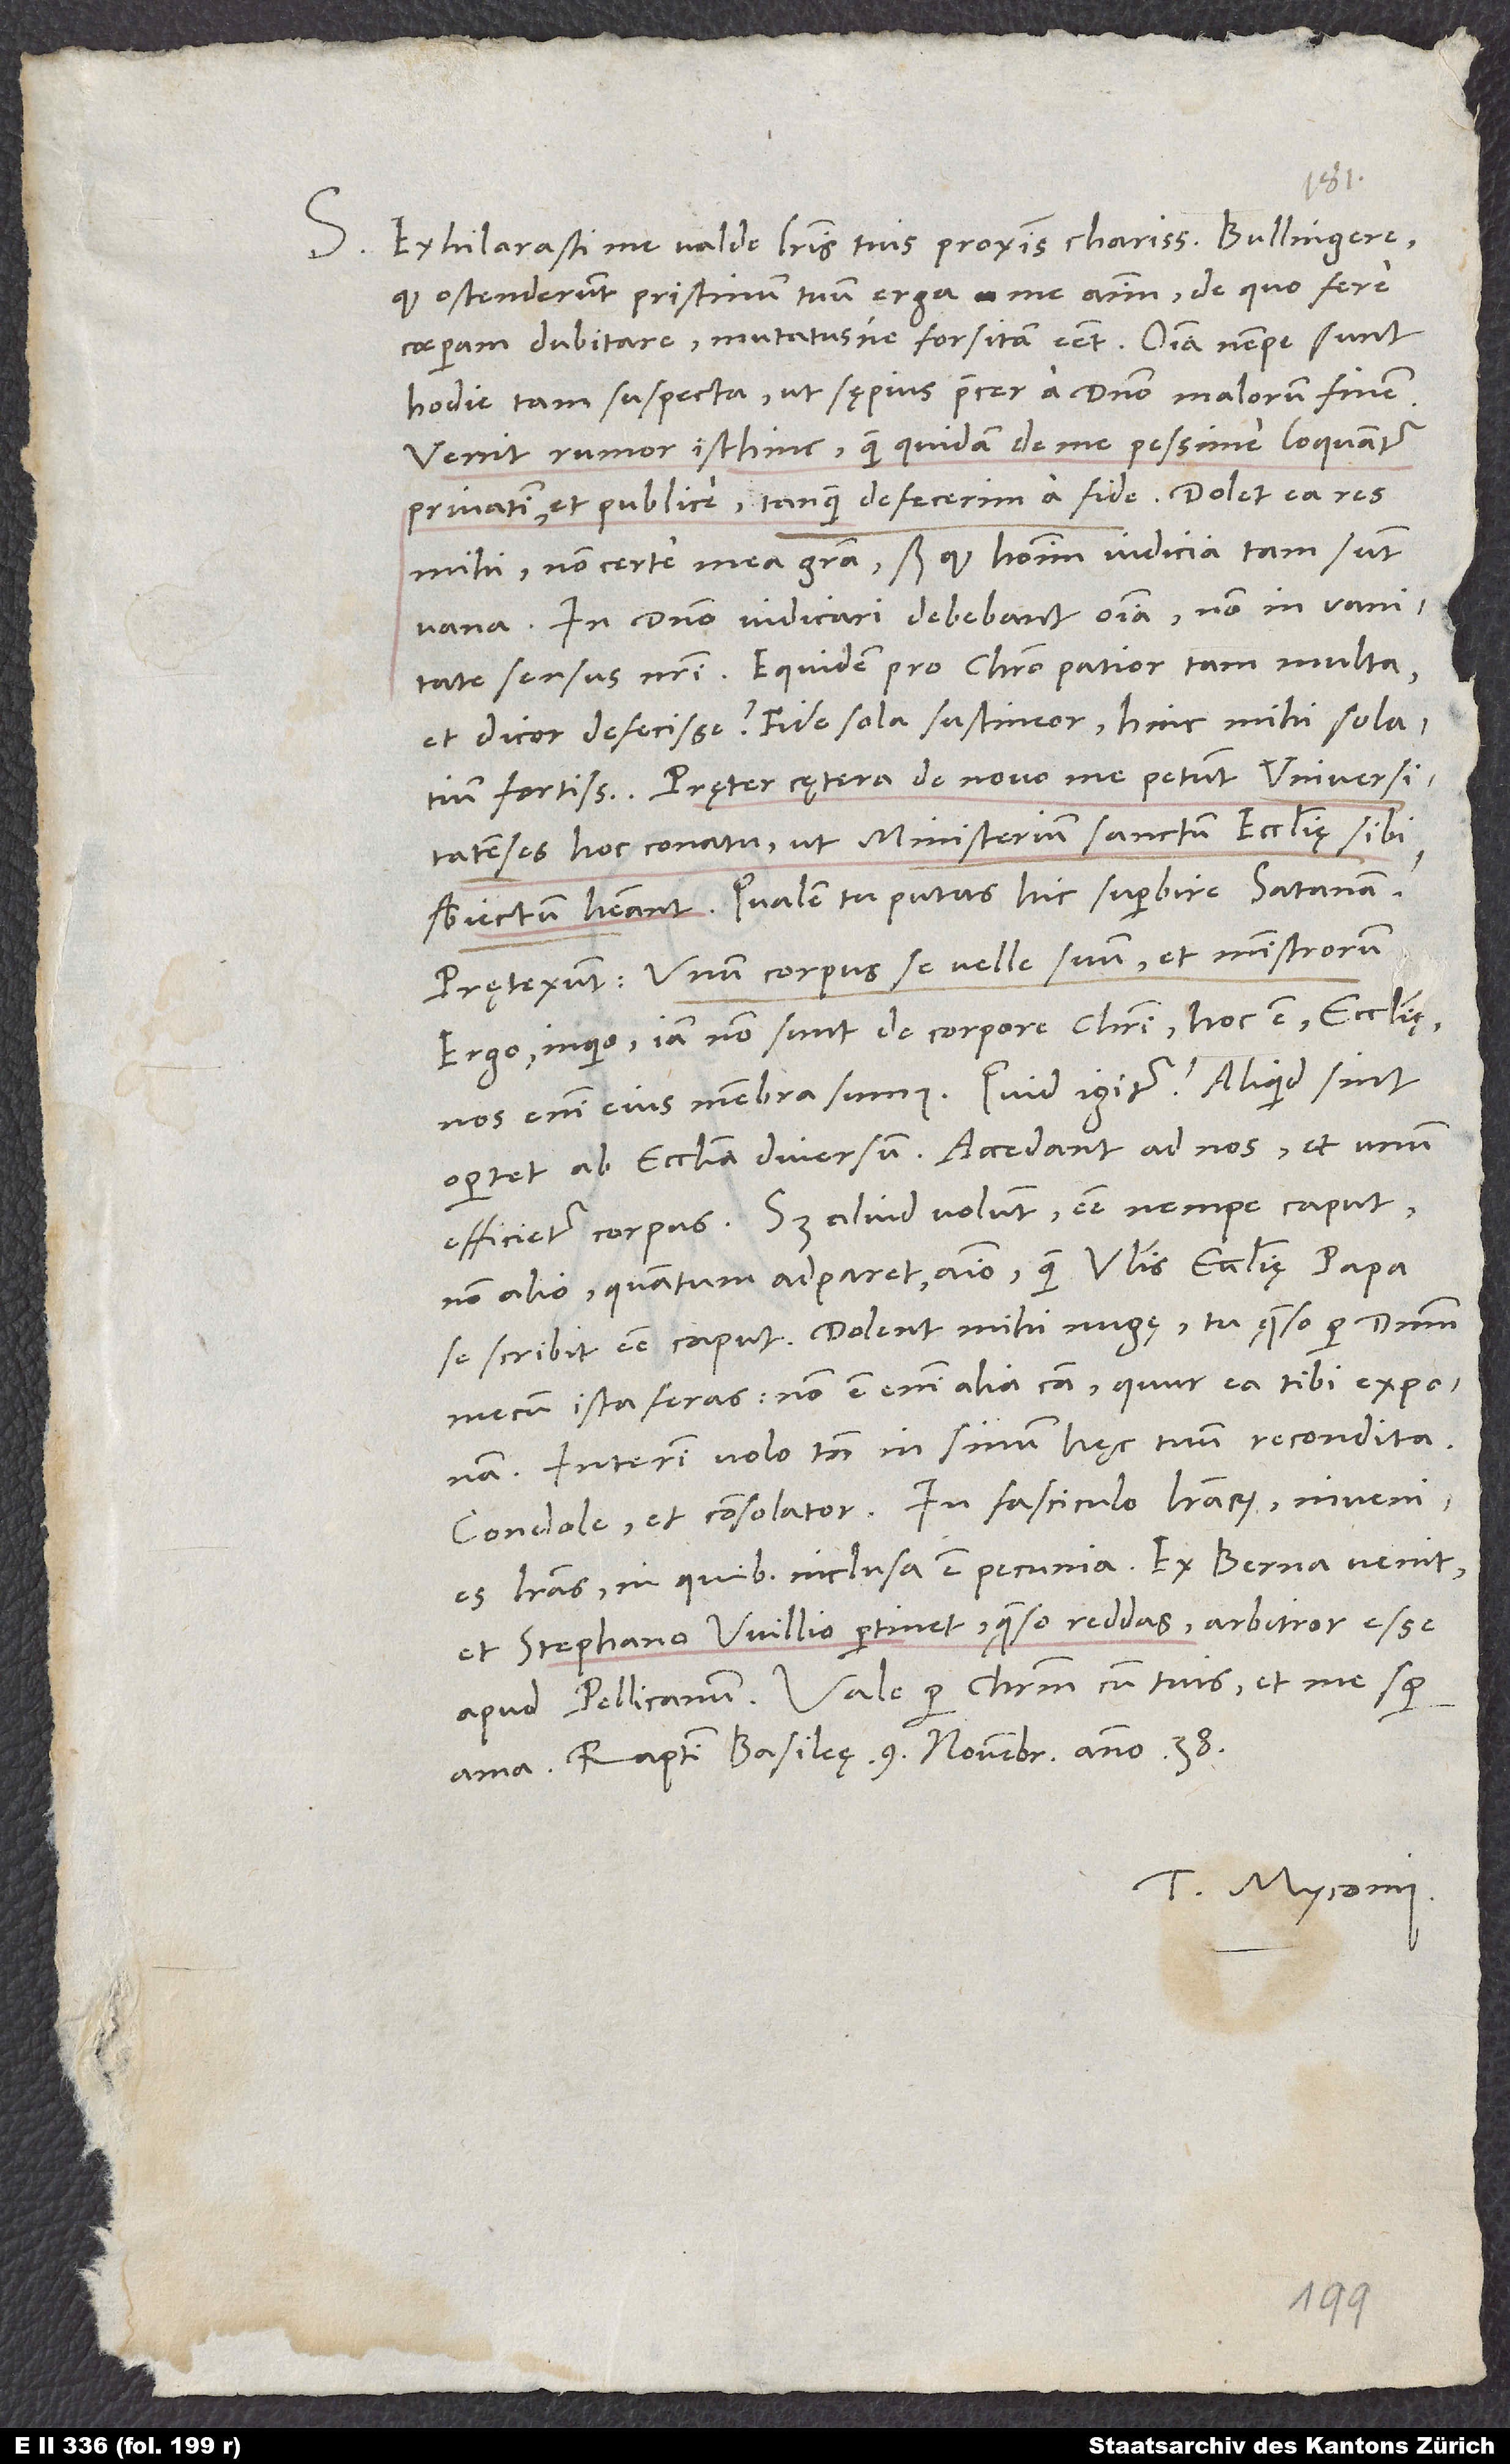
S. Exhilarasti me valde literis tuis proximis, charissime Bullingere,
quod ostenderunt pristinum tuum erga me animum, de quo fere
coeperam dubitare, mutatusne forsitan esset. Omnia nempe sunt
hodie tam suspecta, ut sępius precer a domino malorum finem.
Venit rumor isthinc, quam quidam de me pessime loquantur
privatim et publice, tanquam defecerim a fide.
mihi, non certe mea gratia, sed quod hominum iudicia tam sunt
vana. In domino iudicari debebant omnia, non in vanitate sensus
et dicor defecisse? Fide sola sustineor; hinc mihi solatium
Pręter cętera de novo me petunt universitatenses
hoc conatu, ut ministerium sanctum ecclesię sibi
subiectum habeant. Qualem tu putas hic superbire satanam?
Prętexunt unum corpus se velle suum et ministrorum.
Ergo, inquio, iam non sunt de corpore Christi, hoc est ecclesię;
nos enim eius membra sumus. Quid igitur? Aliquid sint
oportet ab ecclesia diversum. Accedant ad nos, et unum
efficietur corpus. Sed aliud volunt, esse nempe caput
non alio, quantum adparet, animo, quam universalis ecclesię papa
se scribit esse caput. Dolent mihi nugę. Tu, quęso per dominum,
mecum ista feras; non est enim alia causa, quur ea tibi exponam.
Interim volo tamen in sinum hęc tuum recondita.
literas, in quibus inclusa est pecunia. Ex Berna venit
et Stephano Willio pertinet; quęso, reddas. Arbitror esse
ama. Raptim, Basileę, 9. novembris anno 38.
Tuus Myconius.